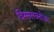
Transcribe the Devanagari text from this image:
विस्सलब्लोअर